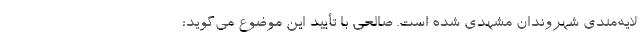
لایه‌مندی شهروندان مشهدی شده است. صالحی با تأیید این موضوع می‌گوید: